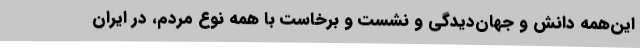
این‌همه دانش و جهان‌دیدگی و نشست و برخاست با همه نوع مردم، در ایران